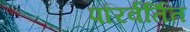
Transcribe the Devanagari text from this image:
परिर्वर्तित